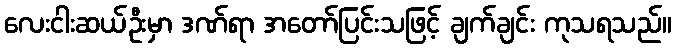
လေးငါးဆယ်ဦးမှာ ဒဏ်ရာ အတော်ပြင်းသဖြင့် ချက်ချင်း ကုသရသည်။